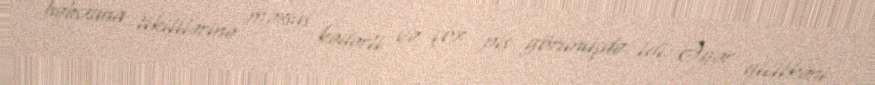
həbsxana tikililərinə məxsus kədərli və çox pis görünüşdə idi. Əgər gicitkəni